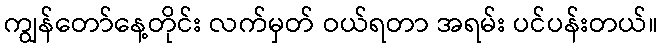
ကျွန်တော်နေ့တိုင်း လက်မှတ် ဝယ်ရတာ အရမ်း ပင်ပန်းတယ်။